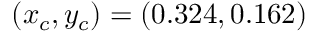
( x _ { c } , y _ { c } ) = ( 0 . 3 2 4 , 0 . 1 6 2 )